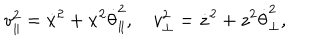
v _ { \parallel } ^ { 2 } = \dot { x } ^ { 2 } + x ^ { 2 } \dot { \theta } _ { \parallel } ^ { 2 } , v _ { \perp } ^ { 2 } = \dot { z } ^ { 2 } + z ^ { 2 } \dot { \theta } _ { \perp } ^ { 2 } ,